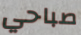
صباحي